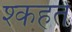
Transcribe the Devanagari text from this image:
श्कहते